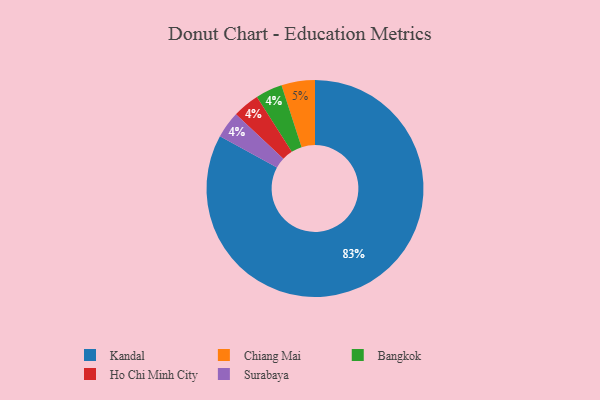
{"axis": {"x": "Category", "y": "Percentage"}, "legend": ["Bangkok", "Chiang Mai", "Ho Chi Minh City", "Kandal", "Surabaya"], "data": [{"x": "Bangkok", "y": 4, "type": "Bangkok"}, {"x": "Chiang Mai", "y": 5, "type": "Chiang Mai"}, {"x": "Kandal", "y": 83, "type": "Kandal"}, {"x": "Ho Chi Minh City", "y": 4, "type": "Ho Chi Minh City"}, {"x": "Surabaya", "y": 4, "type": "Surabaya"}]}